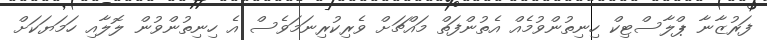
ފަރުޒާނާ ޕްލާސްޓިކް ހިނިތުންވުމެއް އެތުންފަތް މައްޗަށް ވެރިކުރިނަމަވެސް އެ ހިނިތުންވުން ލޮލާއި ހަމަޔަކަށް